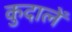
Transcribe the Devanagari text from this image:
कुदालें